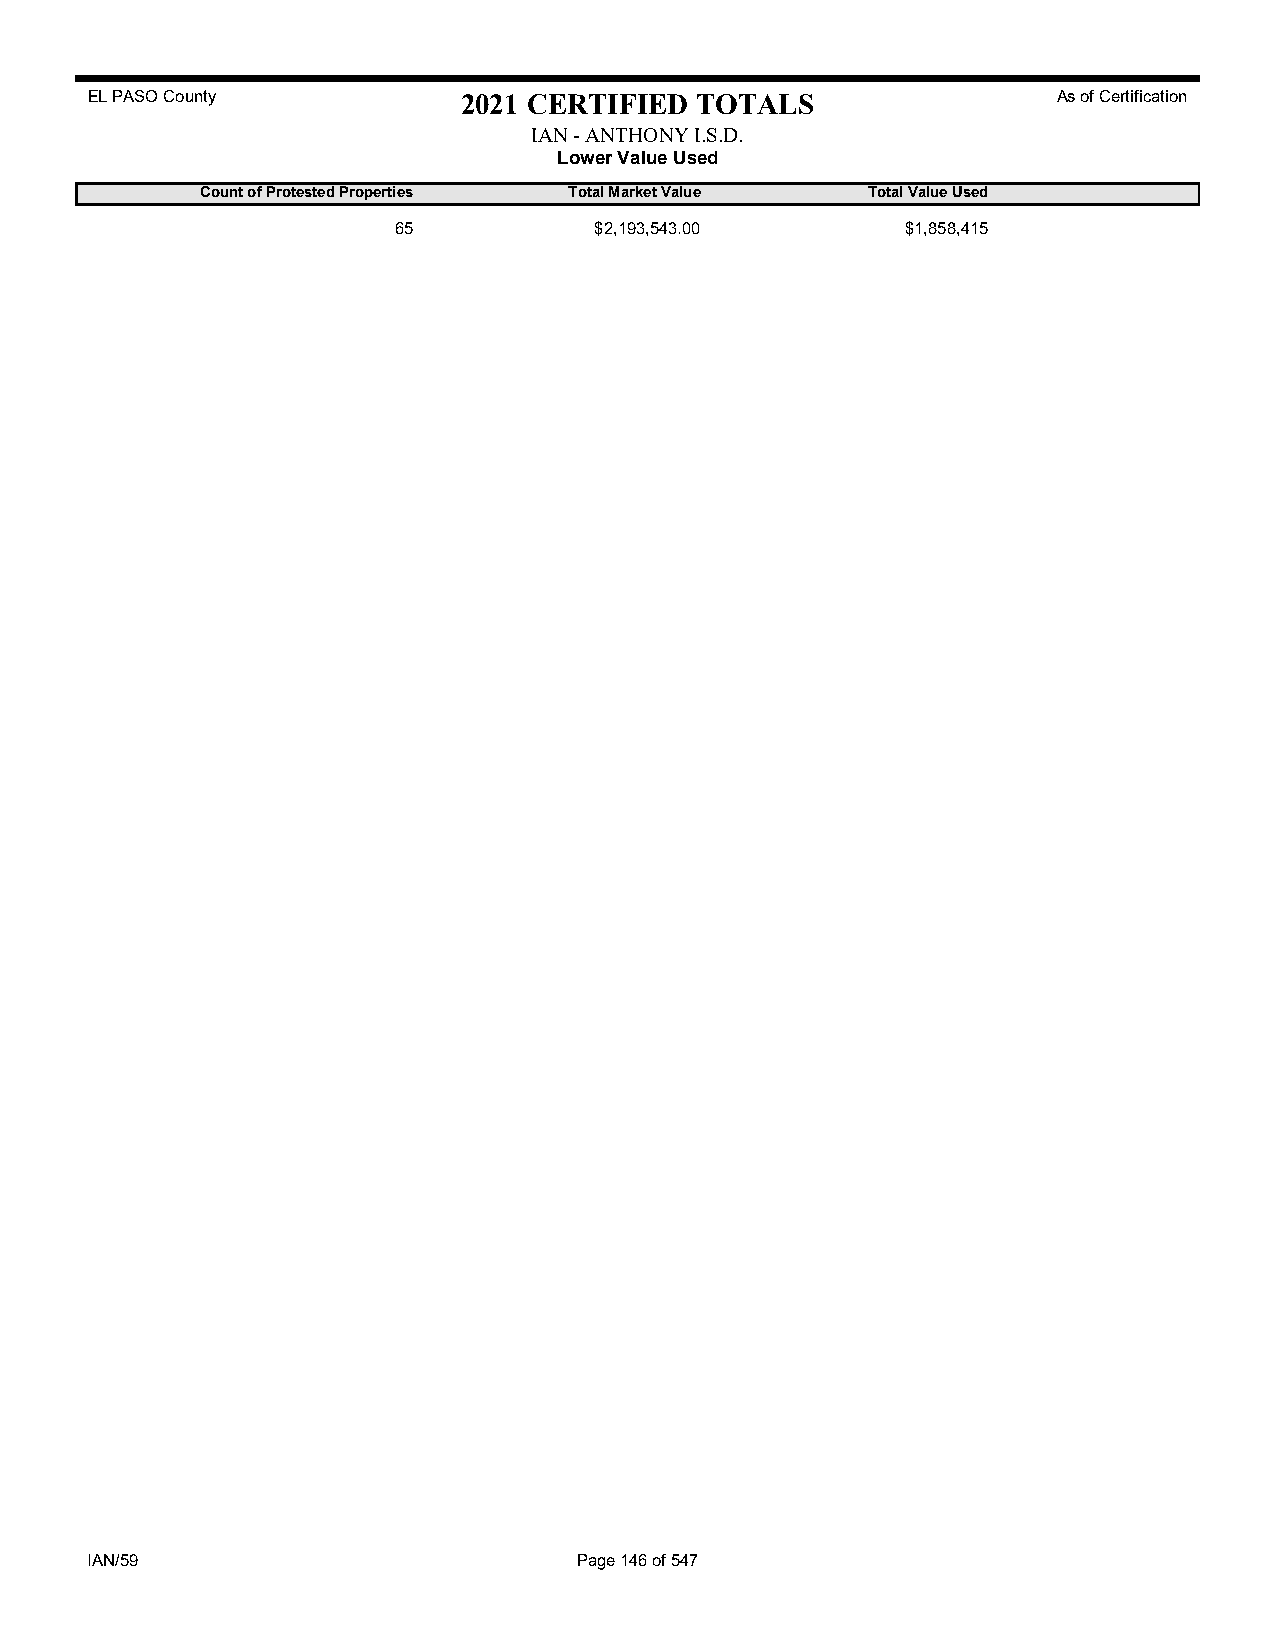
EL PASO County           2021 CERTIFIED TOTALS                  As of Certification
 IAN - ANTHONY I.S.D.
 Lower Value Used
 Count of Protested Properties Total Market Value Total Value Used
 65           $2,193,543.00        $1,858,415
 IAN/59                          Page 146 of 547